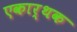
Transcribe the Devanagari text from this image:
एकार्थक